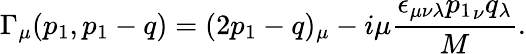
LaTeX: \Gamma_{\mu}(p_{1},p_{1}-q)=(2p_{1}-q)_{\mu}-i\mu{\frac{\epsilon_{\mu\nu\lambda}{p_{1}}_{\nu}q_{\lambda}}{M}}.